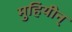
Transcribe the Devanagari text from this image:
मुहियीन्